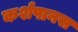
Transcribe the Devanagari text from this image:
कर्शपानस